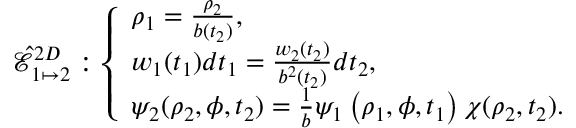
\hat { \mathcal { E } } _ { 1 \mapsto 2 } ^ { 2 D } : \left\{ \begin{array} { l l } { \rho _ { 1 } = \frac { \rho _ { 2 } } { b ( t _ { 2 } ) } , } \\ { w _ { 1 } ( t _ { 1 } ) d t _ { 1 } = \frac { w _ { 2 } ( t _ { 2 } ) } { b ^ { 2 } ( t _ { 2 } ) } d t _ { 2 } , } \\ { \psi _ { 2 } ( \rho _ { 2 } , \phi , t _ { 2 } ) = \frac { 1 } { b } \psi _ { 1 } \left( \rho _ { 1 } , \phi , t _ { 1 } \right) \chi ( \rho _ { 2 } , t _ { 2 } ) . } \end{array} \right.